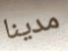
مدينا